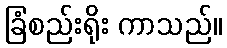
ခြံစည်းရိုး ကာသည်။